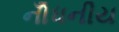
નોઁધનીય